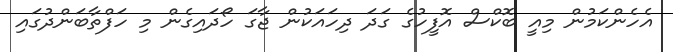
އެހެންކަމުން މިއީ ބޮކްސް އޮފީހުގެ ގަދަ ދިހައަކުން ޖާގަ ހޯދައިގެން މި ހަފްތާބަންދުގައި